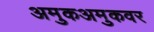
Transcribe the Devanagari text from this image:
अमुकअमुकवर